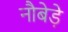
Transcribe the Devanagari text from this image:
नौबेड़े